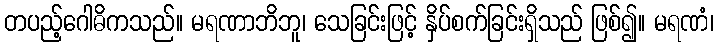
တပည့်ဂေါဓိကသည်။ မရဏာဘိဘူ၊ သေခြင်းဖြင့် နှိပ်စက်ခြင်းရှိသည် ဖြစ်၍။ မရဏံ၊